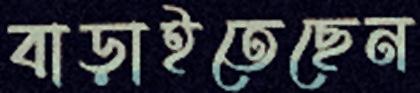
বাড়াইতেছেন